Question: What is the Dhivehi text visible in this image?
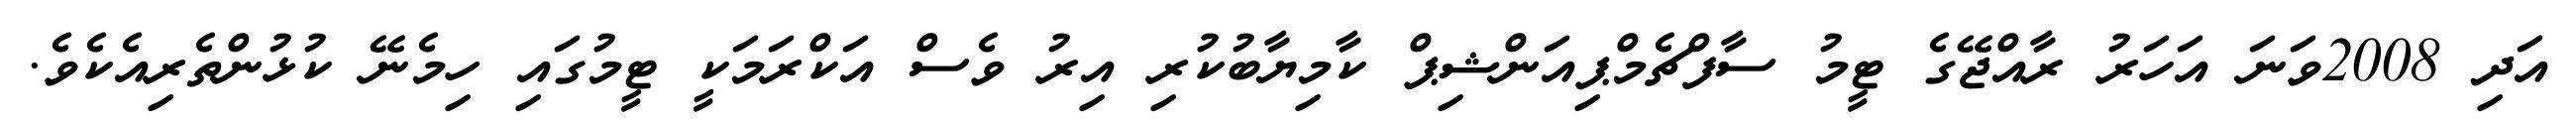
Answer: އަދި 2008ވަނަ އަހަރު ރާއްޖޭގެ ޓީމު ސާފްޗެމްޕިއަންޝިޕް ކާމިޔާބުކުރި އިރު ވެސް އަކްރަމަކީ ޓީމުގައި ހިމެނޭ ކުޅުންތެރިއެކެވެ.